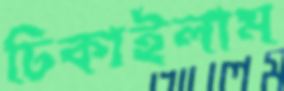
ঢিকাইলাম